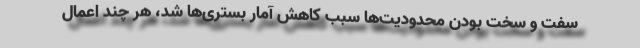
سفت و سخت بودن محدودیت‌ها سبب کاهش آمار بستری‌ها شد، هر چند اعمال